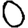
Digit: 0